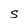
Character: S